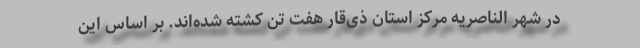
در شهر الناصریه مرکز استان ذی‌قار هفت تن کشته شده‌اند. بر اساس این